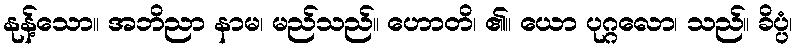
နုန့်သော။ အဘိညာ နာမ၊ မည်သည်။ ဟောတိ၊ ၏။ ယော ပုဂ္ဂလော၊ သည်။ ခိပ္ပံ၊